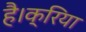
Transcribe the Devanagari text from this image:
है।क्रिया